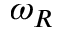
\omega _ { R }